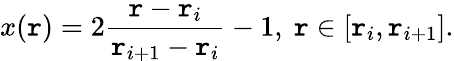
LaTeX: x(\mathtt{r})=2\frac{{\mathtt{r}-\mathtt{r}_{i}}}{{\mathtt{r}_{i+1}-\mathtt{r}_{i}}}-1,\ \mathtt{r}\in[\mathtt{r}_{i},\mathtt{r}_{i+1}].